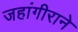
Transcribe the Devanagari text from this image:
जहांगीराने